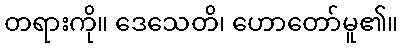
တရားကို။ ဒေသေတိ၊ ဟောတော်မူ၏။